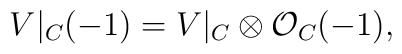
V|_C (-1) =  V|_{C} \otimes {\cal O}_{C}(-1),